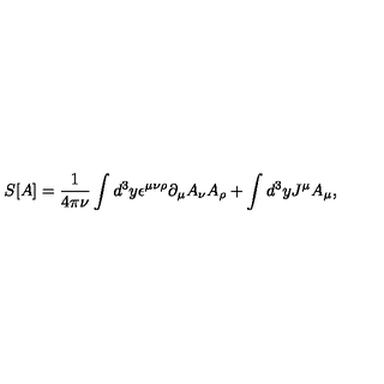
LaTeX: S [ A ] = \frac { 1 } { 4 \pi \nu } \int d ^ { 3 } y \epsilon ^ { \mu \nu \rho } \partial _ { \mu } A _ { \nu } A _ { \rho } + \int d ^ { 3 } y J ^ { \mu } A _ { \mu } ,